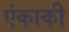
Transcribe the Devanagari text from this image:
एंकाकी